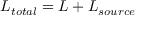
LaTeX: { \cal L } _ { t o t a l } = { \cal L } + { \cal L } _ { s o u r c e }